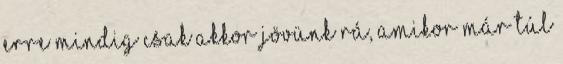
erre mindig csak akkor jövünk rá, amikor már túl